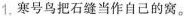
1.寒号鸟把石缝当作自己的窝。